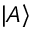
\left\vert A \right\rangle